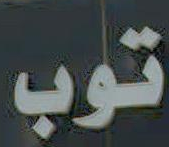
توب